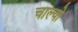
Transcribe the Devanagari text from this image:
चाल्यो